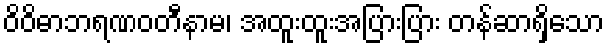
ဝိဝိဓာဘရဏဝတီနာမ၊ အထူးထူးအပြားပြား တန်ဆာရှိသော